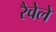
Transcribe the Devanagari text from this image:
रैवेले